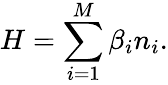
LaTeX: H=\sum_{i=1}^{M}\beta_{i}n_{i}.